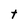
Character: t